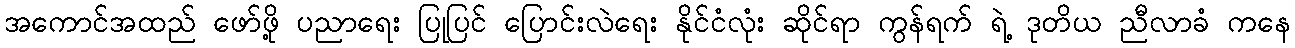
အကောင်အထည် ဖော်ဖို့ ပညာရေး ပြုပြင် ပြောင်းလဲရေး နိုင်ငံလုံး ဆိုင်ရာ ကွန်ရက် ရဲ့ ဒုတိယ ညီလာခံ ကနေ